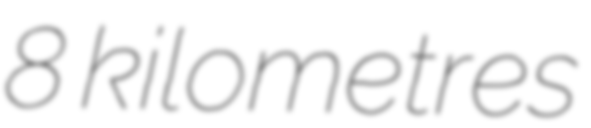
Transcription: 8 kilometres